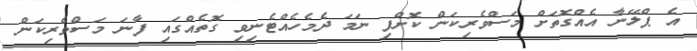
އެ ޕްލޭނާ އެއްގޮތަށް މަސްވެރިކަން ކޮށްފި ނަމަ ދެމެހެއްޓެނިވި ގޮތެއްގައި ފާނަ މަސްވެރިކަން